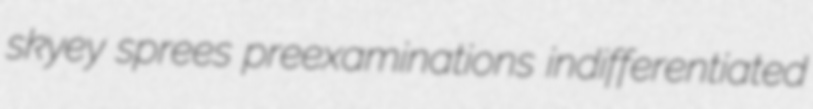
skyey sprees preexaminations indifferentiated